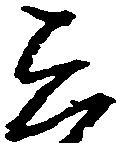
し